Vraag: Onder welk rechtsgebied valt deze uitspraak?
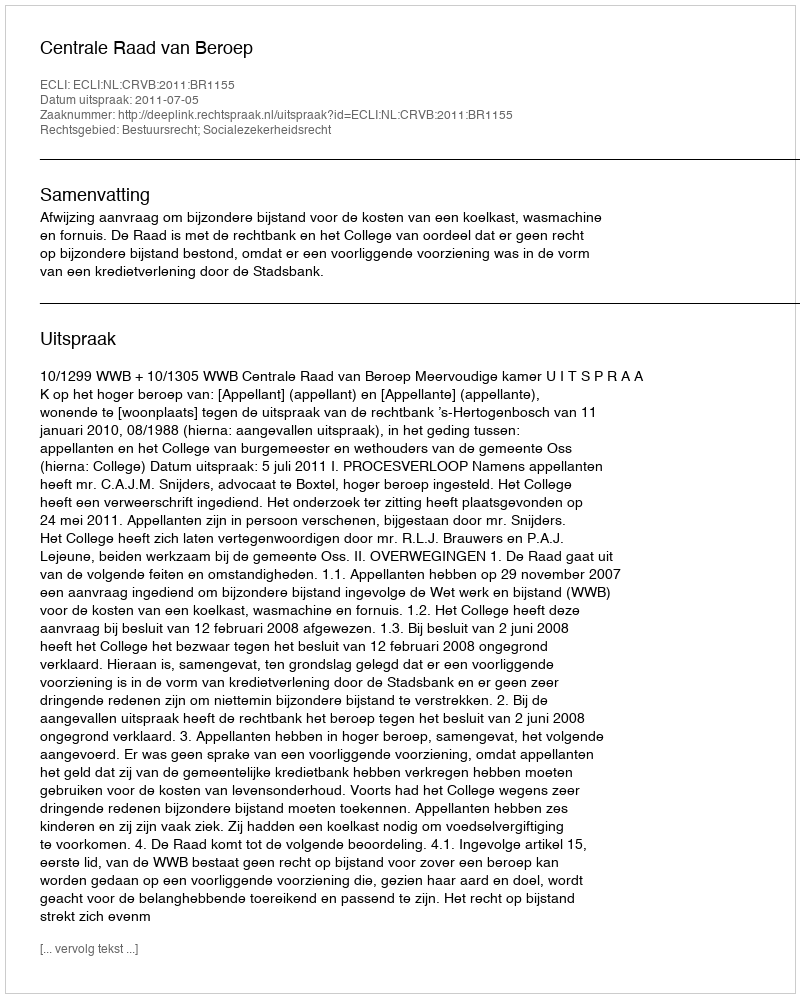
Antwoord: Bestuursrecht; Socialezekerheidsrecht